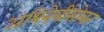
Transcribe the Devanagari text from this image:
अभिनेत्रींसोबत